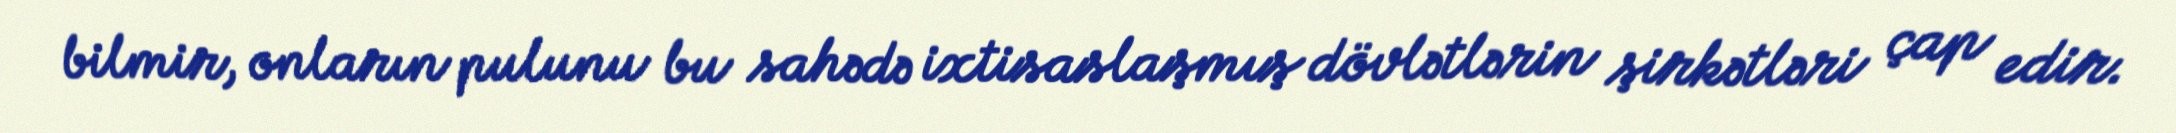
bilmir, onların pulunu bu sahədə ixtisaslaşmış dövlətlərin şirkətləri çap edir.